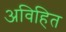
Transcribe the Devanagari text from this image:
अविहित